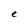
Character: e